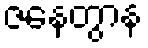
ဇနေတွာန